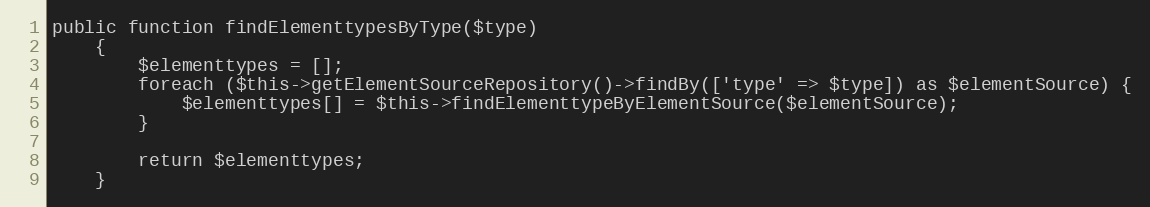
Language: PHP
public function findElementtypesByType($type)
    {
        $elementtypes = [];
        foreach ($this->getElementSourceRepository()->findBy(['type' => $type]) as $elementSource) {
            $elementtypes[] = $this->findElementtypeByElementSource($elementSource);
        }

        return $elementtypes;
    }